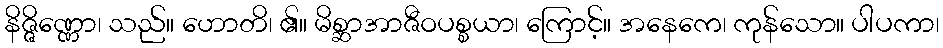
နိဇ္ဇိဏ္ဏော၊ သည်။ ဟောတိ၊ ၏။ မိစ္ဆာအာဇီဝပစ္စယာ၊ ကြောင့်။ အနေကေ၊ ကုန်သော။ ပါပကာ၊